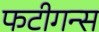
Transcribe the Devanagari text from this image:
फटीगन्स